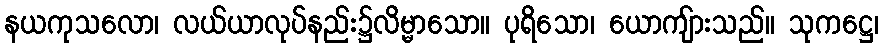
နယကုသလော၊ လယ်ယာလုပ်နည်း၌လိမ္မာသော။ ပုရိသော၊ ယောကျ်ားသည်။ သုကဋ္ဌေ၊